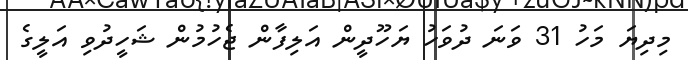
މިދިޔަ މަހު 31 ވަނަ ދުވަހު ޔަހޫދީން އަލިފާން ޖެހުމުން ޝަހީދުވި އަލީގެ